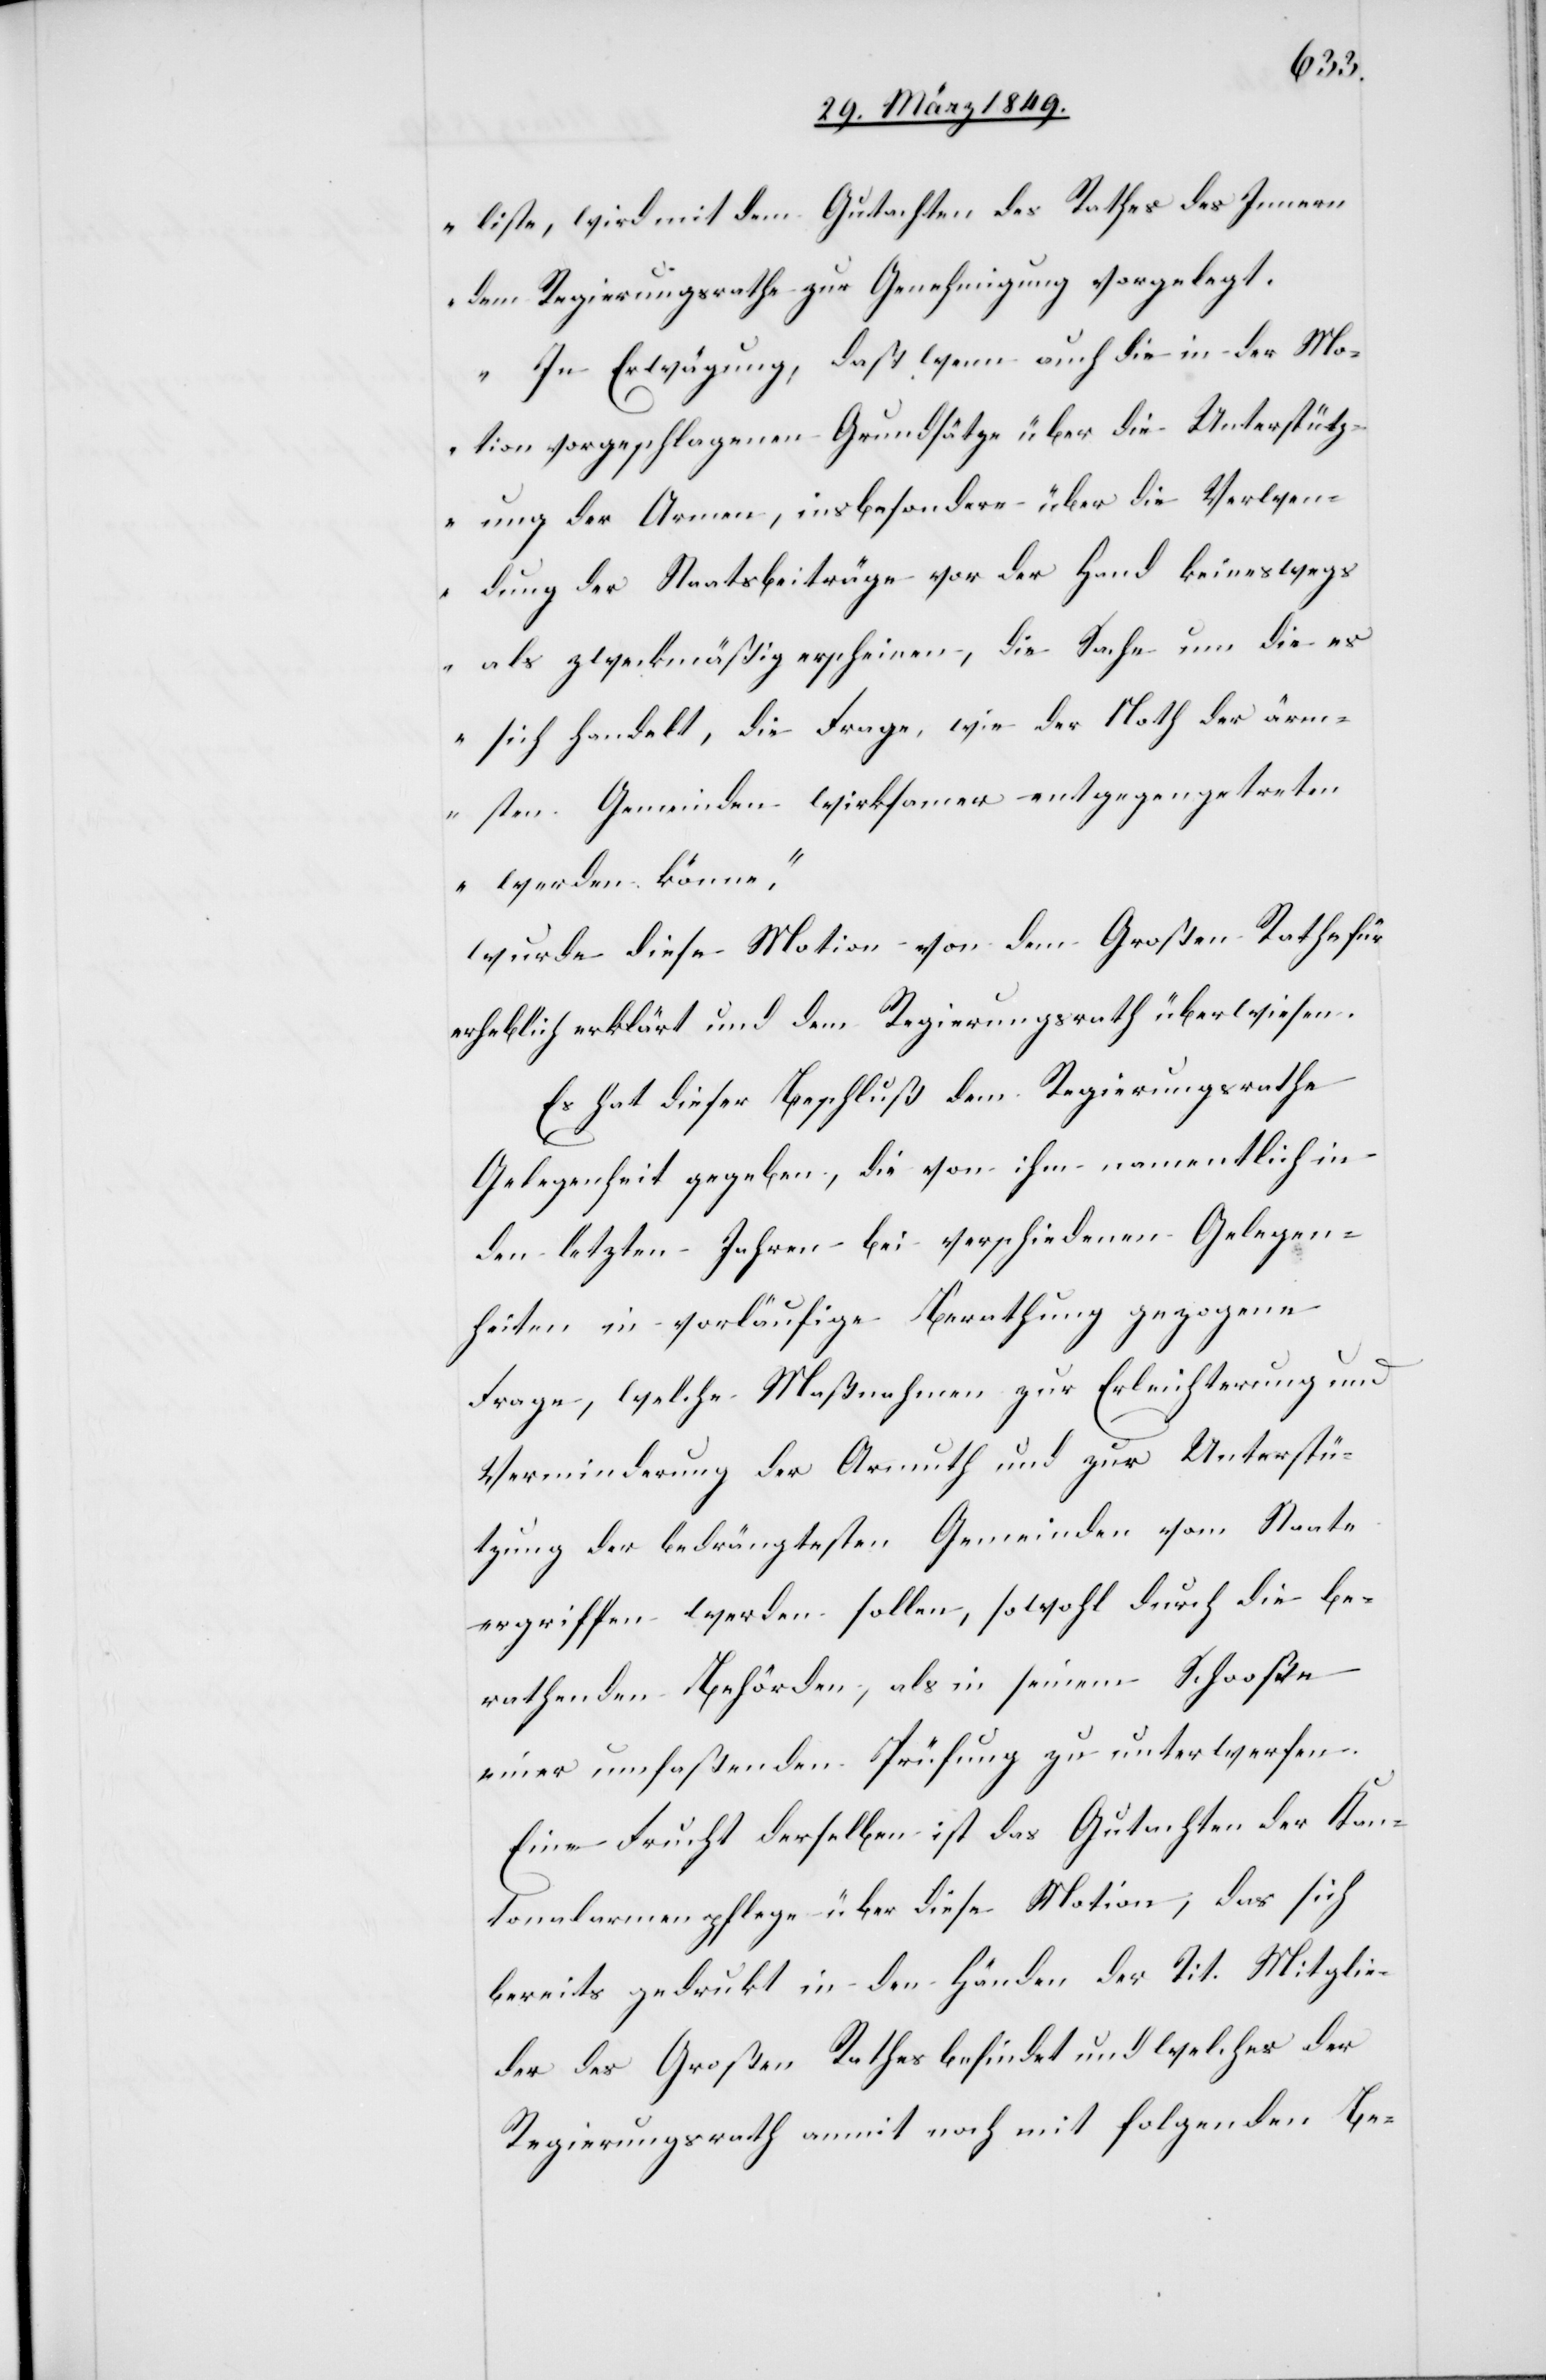
liste, wird mit dem Gutachten des Rathes des Innern
dem Regierungsrathe zur Genehmigung vorgelegt.
In Erwägung, daß wenn auch die in der Mo¬
tion vorgeschlagenen Grundsätze über die Unterstütz¬
ung der Armen, insbesondere über die Verwen¬
dung der Staatsbeiträge vor der Hand keineswegs
als zweckmäßig erscheinen, die Sache um die es
sich handelt, die Frage, wie der Noth der ärm¬
sten Gemeinden wirksamer entgegengetreten
werden könne,“
wurde diese Motion von dem Großen Rathe für
erheblich erklärt und dem Regierungsrath überwiesen.
Es hat dieser Beschluß dem Regierungsrathe
Gelegenheit gegeben, die von ihm namentlich in
den letzten Jahren bei verschiedenen Gelegen¬
heiten in vorläufige Berathung gezogene
Frage, welche Maßnahmen zur Erleichterung und
Verminderung der Armuth und zur Unterstü¬
tzung der bedrängtesten Gemeinden vom Staate
ergriffen werden sollen, sowohl durch die be¬
rathenden Behörden, als in seinem Schooße
einer umfaßenden Prüfung zu unterwerfen.
Eine Frucht derselben ist das Gutachten der Kan¬
tonalarmenpflege über diese Motion, das sich
bereits gedruckt in den Händen der Tit. Mitglie¬
der des Großen Rathes befindet und welches der
Regierungsrath anmit noch mit folgenden Be-